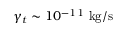
\gamma _ { t } \sim 1 0 ^ { - 1 1 } ~ \mathrm { k g / s }